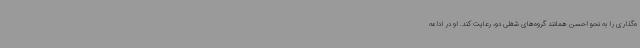
ه‌گذاری را به نحو احسن همانند گروه‌های شغلی دو، رعایت کند. او در ادامه